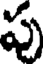
పు